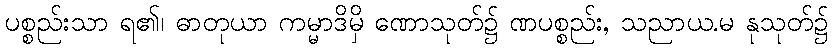
ပစ္စည်းသာ ရ၏၊ ဓာတုယာ ကမ္မာဒိမှိ ဏောသုတ်၌ ဏပစ္စည်း, သညာယ.မ နုသုတ်၌